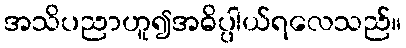
အသိပညာဟူ၍အဓိပ္ပါယ်ရလေသည်။